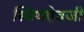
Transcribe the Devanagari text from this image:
स्मिथऐवजी